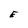
Character: E